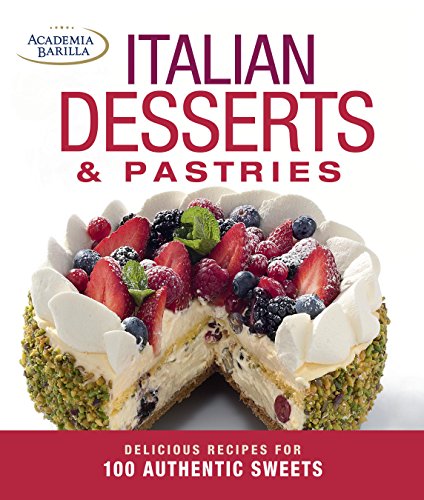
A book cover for Italian Desserts & Pastries: Delicious Recipes for More Than 100 Italian Favorites; Academia Barilla; Cookbooks, Food & Wine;